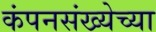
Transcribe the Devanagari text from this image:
कंपनसंख्येच्या